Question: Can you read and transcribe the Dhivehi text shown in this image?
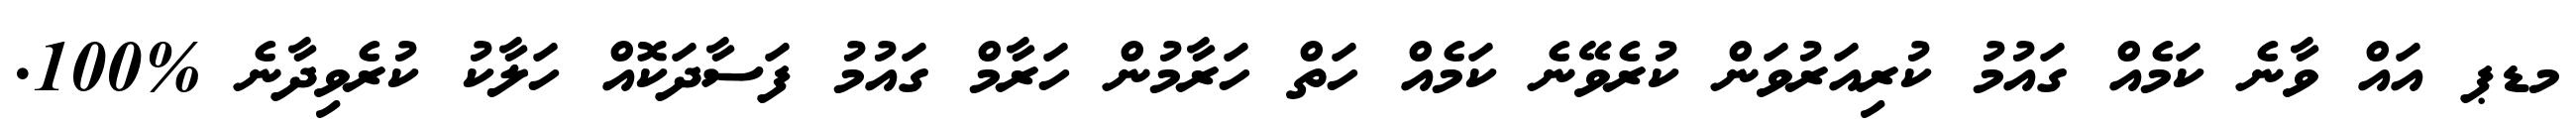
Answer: މޑޕ އައް ވާނެ ކަމެއް ގައުމު ކުރިއަރުވަން ކުރެވޭނެ ކަމެއް ހަތް ހަރާމުން ހަރާމް ގައުމު ފަސާދަކޮއް ހަލާކު ކުރެވިދާނެ %100.